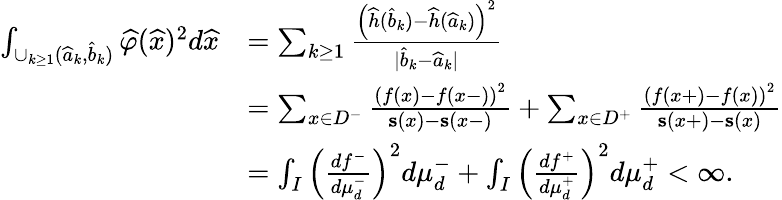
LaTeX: \begin{array}{rl}{\int_{\cup_{k\geq 1}(\widehat{a}_{k},\widehat{b}_{k})}\widehat{\varphi}(\widehat{x})^{2}d\widehat{x}}&{=\sum_{k\geq 1}\frac{\left(\widehat{h}(\widehat b_{k})-\widehat{h}(\widehat a_{k})\right)^{2}}{|\widehat{b}_{k}-\widehat{a}_{k}|}}\\ &{=\sum_{x\in D^{-}}\frac{\left(f(x)-f(x-)\right)^{2}}{\mathbf{s}(x)-\mathbf{s}(x-)}+\sum_{x\in D^{+}}\frac{\left(f(x+)-f(x)\right)^{2}}{\mathbf{s}(x+)-\mathbf{s}(x)}}\\ &{=\int_{I}\left(\frac{df^{-}}{d\mu_{d}^{-}}\right)^{2}d\mu_{d}^{-}+\int_{I}\left(\frac{df^{+}}{d\mu_{d}^{+}}\right)^{2}d\mu_{d}^{+}<\infty.}\end{array}